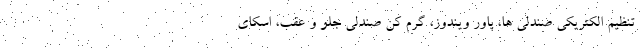
تنظیم الکتریکی صندلی ها، پاور ویندوز، گرم کن صندلی جلو و عقب، اسکای